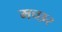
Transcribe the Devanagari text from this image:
मच्‍छर